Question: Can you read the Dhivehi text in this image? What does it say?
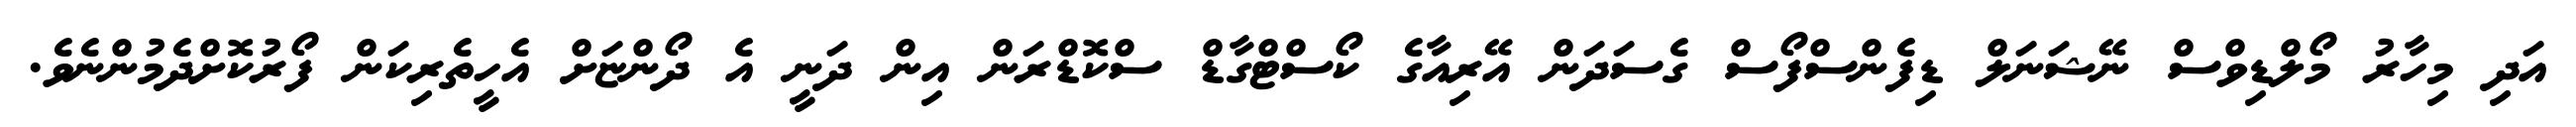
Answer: އަދި މިހާރު މޯލްޑިވްސް ނޭޝަނަލް ޑިފެންސްފޯސް ގެސަދަން އޭރިއާގެ ކޯސްޓްގާޑް ސްކޮޑްރަން އިން ދަނީ އެ ދޯންޏަށް އެހީތެރިކަން ފޯރުކޮށްދެމުންނެވެ.